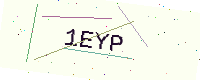
Text: 1EYP